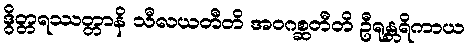
ဒွိတ္တရဿတ္တာနိ သီလယတီတိ အဝဂစ္ဆတီတိ ဦရုန္တရိကာယ